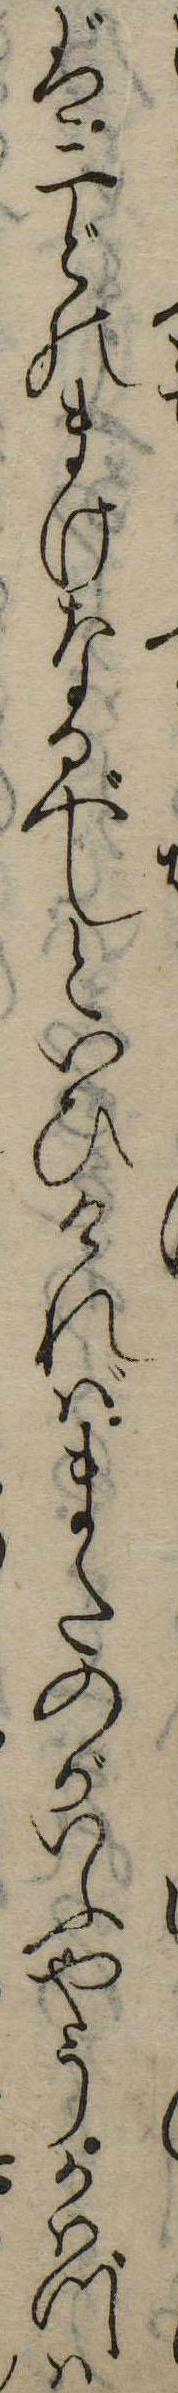
ば二どのまけなるべしといひければまたのがいふやうかはづは